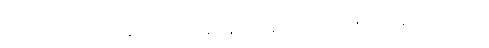
ပဝိဋ္ဌံ ကောစိ ပလာလသန္ထာရံ ကတွာ ဓာရေန္တော နာမ နတ္ထိ, ဝါယောဓာတုဝသေနေဝ တိဋ္ဌတိ။ ဌိတံ